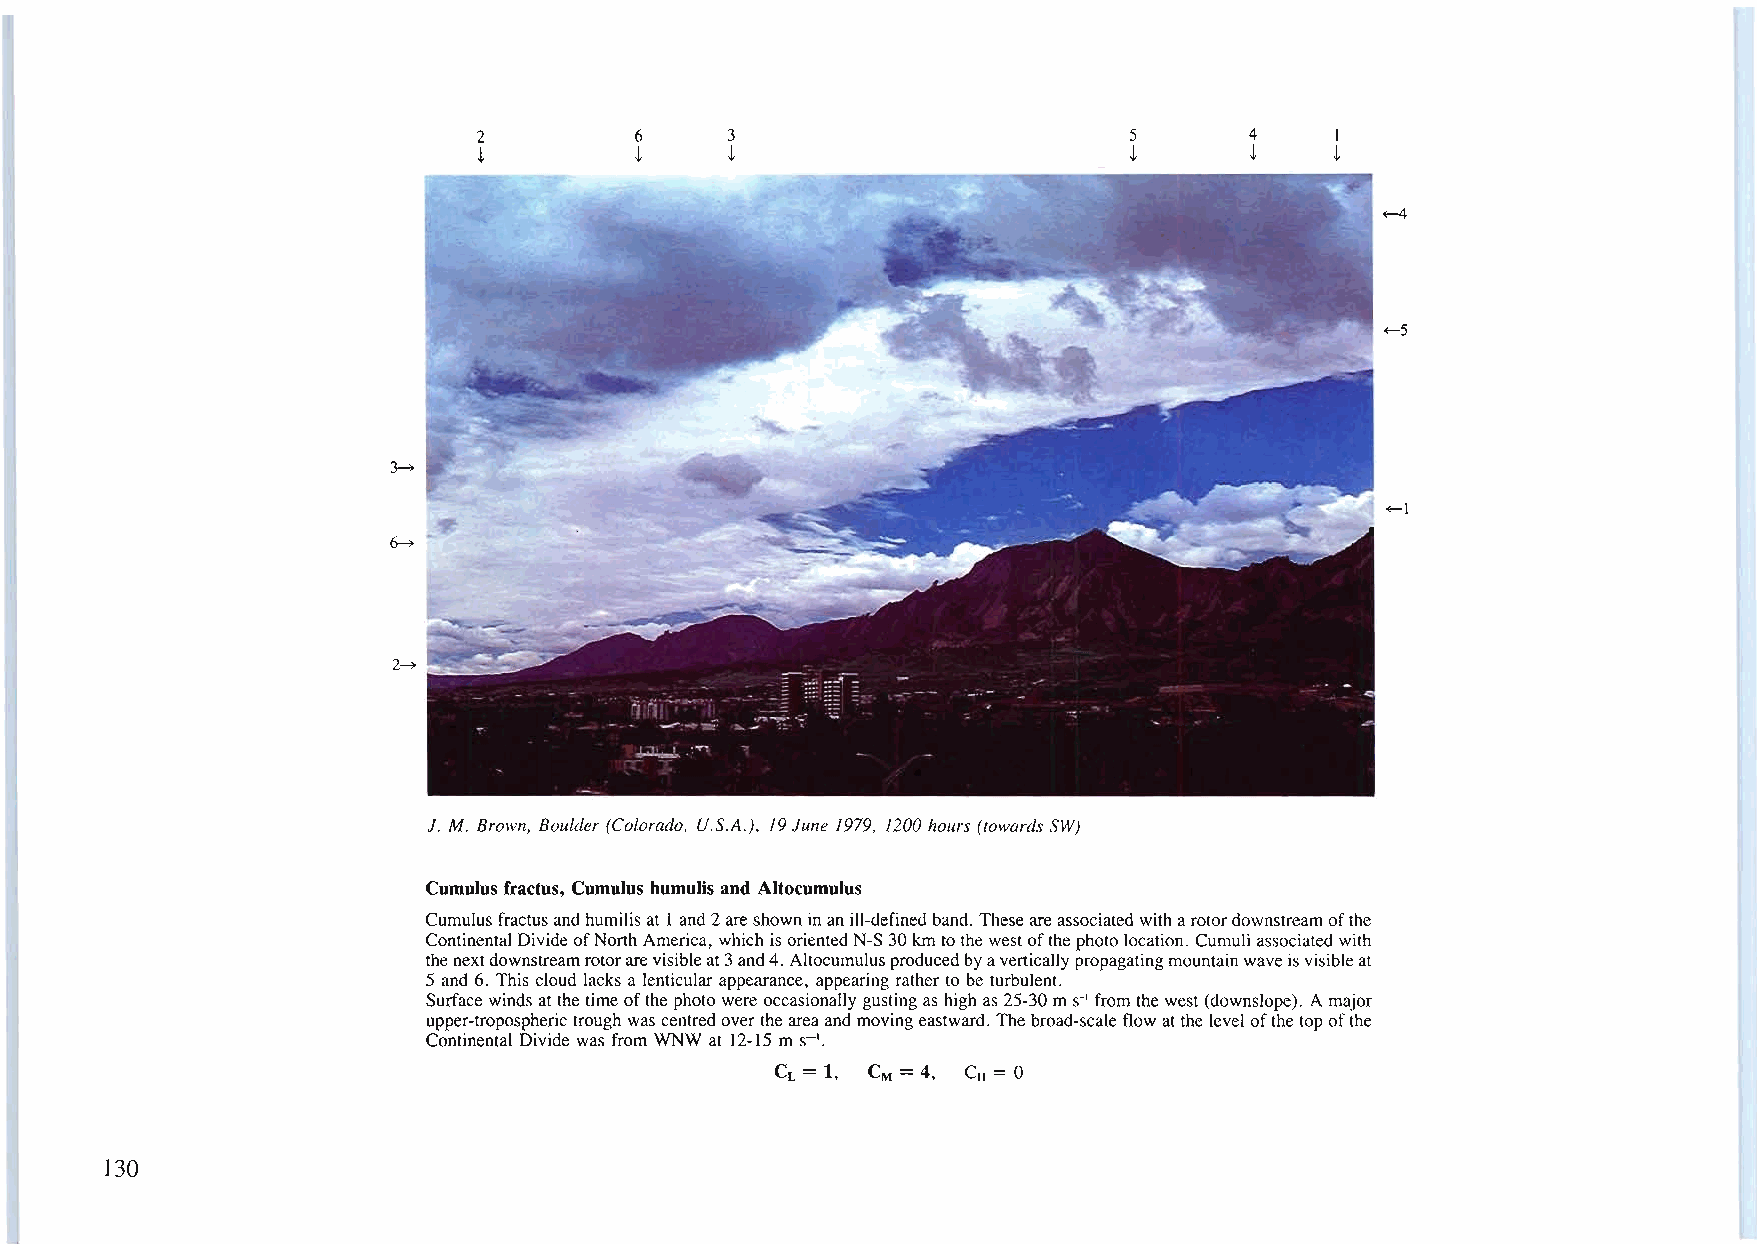
2         6     3                          5       4    I
 !         !     !                          !       !    !
 ~
 ~5
 3~
 ~I
 ~
 2~
 J. M. Brown, Boulder (Colorado, U.S.A.), 19June 1979, 1200 hours (towards SW)
 Cumulus fractus, Cumulus humulis and Altocumulus
 Cumulusfractus and humilisat I and2areshowninan ill-defined band. Theseareassociated witharotordownstreamofthe
 Continental DivideofNorth America, which isorientedN-S 30kmtothewestofthephotolocation. Cumuliassociated with
 thenextdownstreamrotorarevisibleat3and4. Altocumulusproducedbyaverticallypropagatingmountainwaveisvisibleat
 5 and 6. This cloud lacks a lenticular appearance, appearing rather to be turbulent.
 Surfacewinds at the time ofthe photo wereoccasionally gustingas high as 25-30mS-I from the west(downslope). Amajor
 upper-tropospheric trough wascentredoverthe areaand movingeastward. The broad-scale flow atthe level ofthe top ofthe
 Continental Divide was from WNW at 12-15 ms-I.
 CL = 1, CM = 4, CH = 0
 130